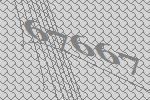
67667